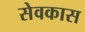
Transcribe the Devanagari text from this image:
सेवकास